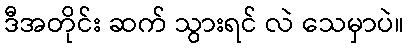
ဒီအတိုင်း ဆက် သွားရင် လဲ သေမှာပဲ။